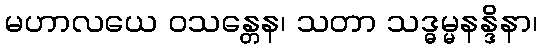
မဟာလယေ ဝသန္တေန၊ သတာ သဒ္ဓမ္မနန္ဒိနာ၊